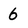
Character: 6